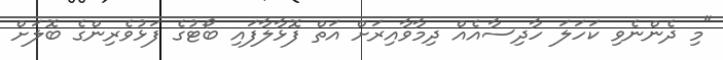
"މި ދެންނެވި ކަހަލަ ހާދިސާއެއް ދިމާވާއިރަށް އަތް ފޮޅާލާފައި ބޯޓުގެ ފަޅުވެރިންގެ ބޮލަށް